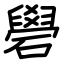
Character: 礐